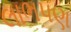
લાભપણ